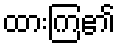
ထားကြ၏